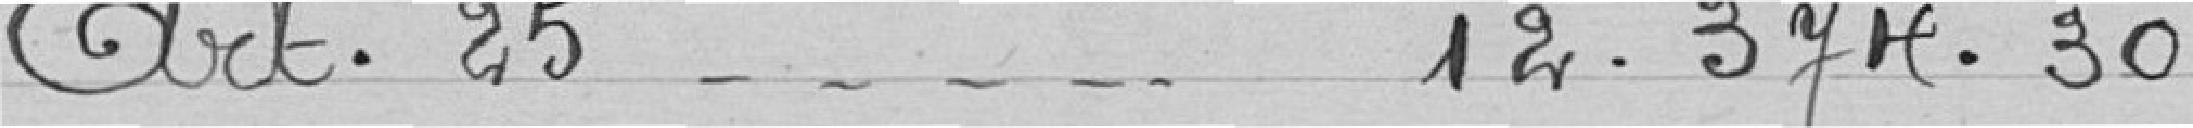
Art 25......................... 12.374,30 francs